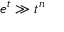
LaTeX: e ^ { t } \gg t ^ { n }